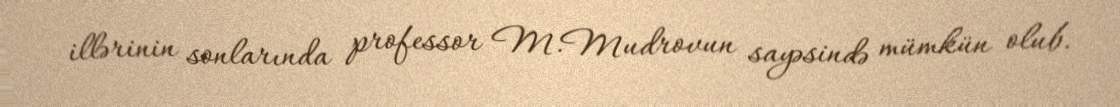
illərinin sonlarında professor M.Mudrovun sayəsində mümkün olub.